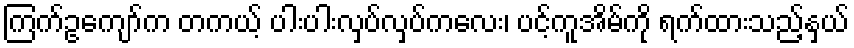
ကြက်ဥကျော်က တကယ့် ပါးပါးလှပ်လှပ်ကလေး၊ ပင့်ကူအိမ်ကို ရက်ထားသည့်နှယ်